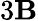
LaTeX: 3\mathbf{B}